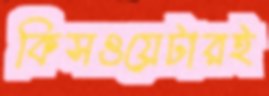
কিসওয়েটারই